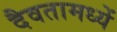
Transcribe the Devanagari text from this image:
दैवतामध्यें